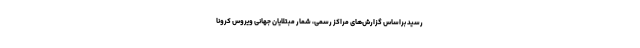
رسید براساس گزارش‌های مراکز رسمی، شمار مبتلایان جهانی ویروس کرونا